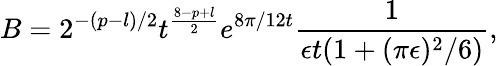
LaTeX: B=2^{-(p-l)/2}t^{\frac{8-p+l}{2}}e^{8\pi/12t}\frac{1}{\epsilon t(1+(\pi\epsilon)^{2}/6)},